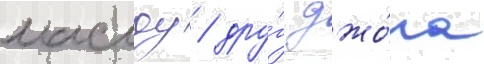
маслоу / дру́г джо́на